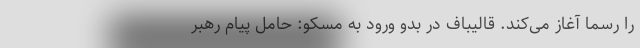
را رسما آغاز می‌کند. قالیباف در بدو ورود به مسکو: حامل پیام رهبر